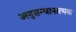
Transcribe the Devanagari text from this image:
अनुसन्धानात्मक